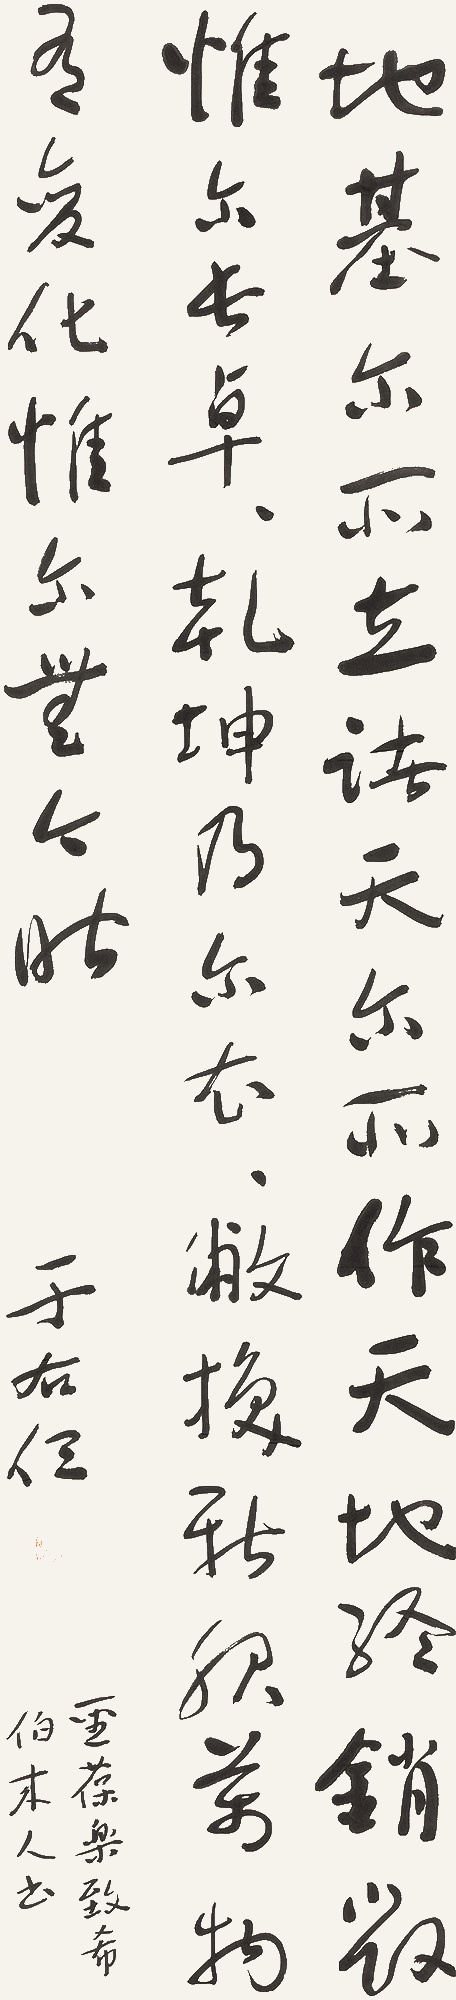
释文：地基尔所立，诸天尔所作，天地终销毁，惟尔长卓卓。乾坤乃尔衣，衣敝换新服，万物有变化，惟尔无今昨。于右任。圣葆乐致希伯来人书。